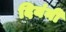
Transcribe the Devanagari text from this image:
दियंनी